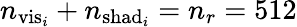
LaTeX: n_{\mathrm{vis}_{i}}+n_{\mathrm{shad}_{i}}=n_{r}=512